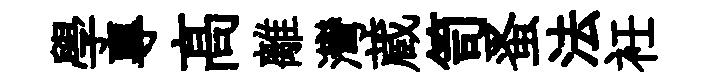
學專髙離灣蔵笥蚤法衽